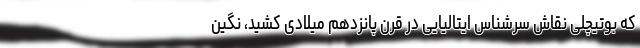
که بوتیچلی نقاش سرشناس ایتالیایی در قرن پانزدهم میلادی کشید، نگین